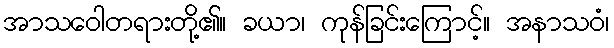
အာသဝေါတရားတို့၏။ ခယာ၊ ကုန်ခြင်းကြောင့်။ အနာသဝံ၊